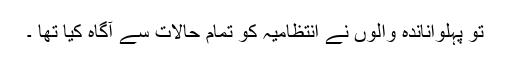
تو پہلواناندہ والوں نے انتظامیہ کو تمام حالات سے آگاہ کیا تھا ۔